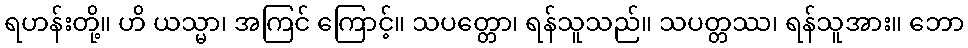
ရဟန်းတို့။ ဟိ ယသ္မာ၊ အကြင် ကြောင့်။ သပတ္တော၊ ရန်သူသည်။ သပတ္တဿ၊ ရန်သူအား။ ဘော